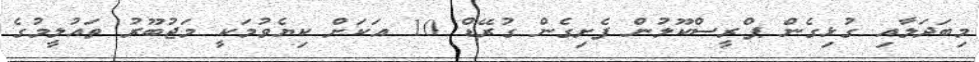
މިބަދަލާއި ގުޅިގެން ޕްރީސްކޫލުން ފެށިގެން ގުރޭޑް 10 އަކަށް ކިޔެވުމަކީ މަޖުބޫރު ތައުލީމުގެ